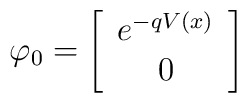
\varphi _0=\left[\begin{array}{c}e^{-qV(x)} \\0\end{array}\right]